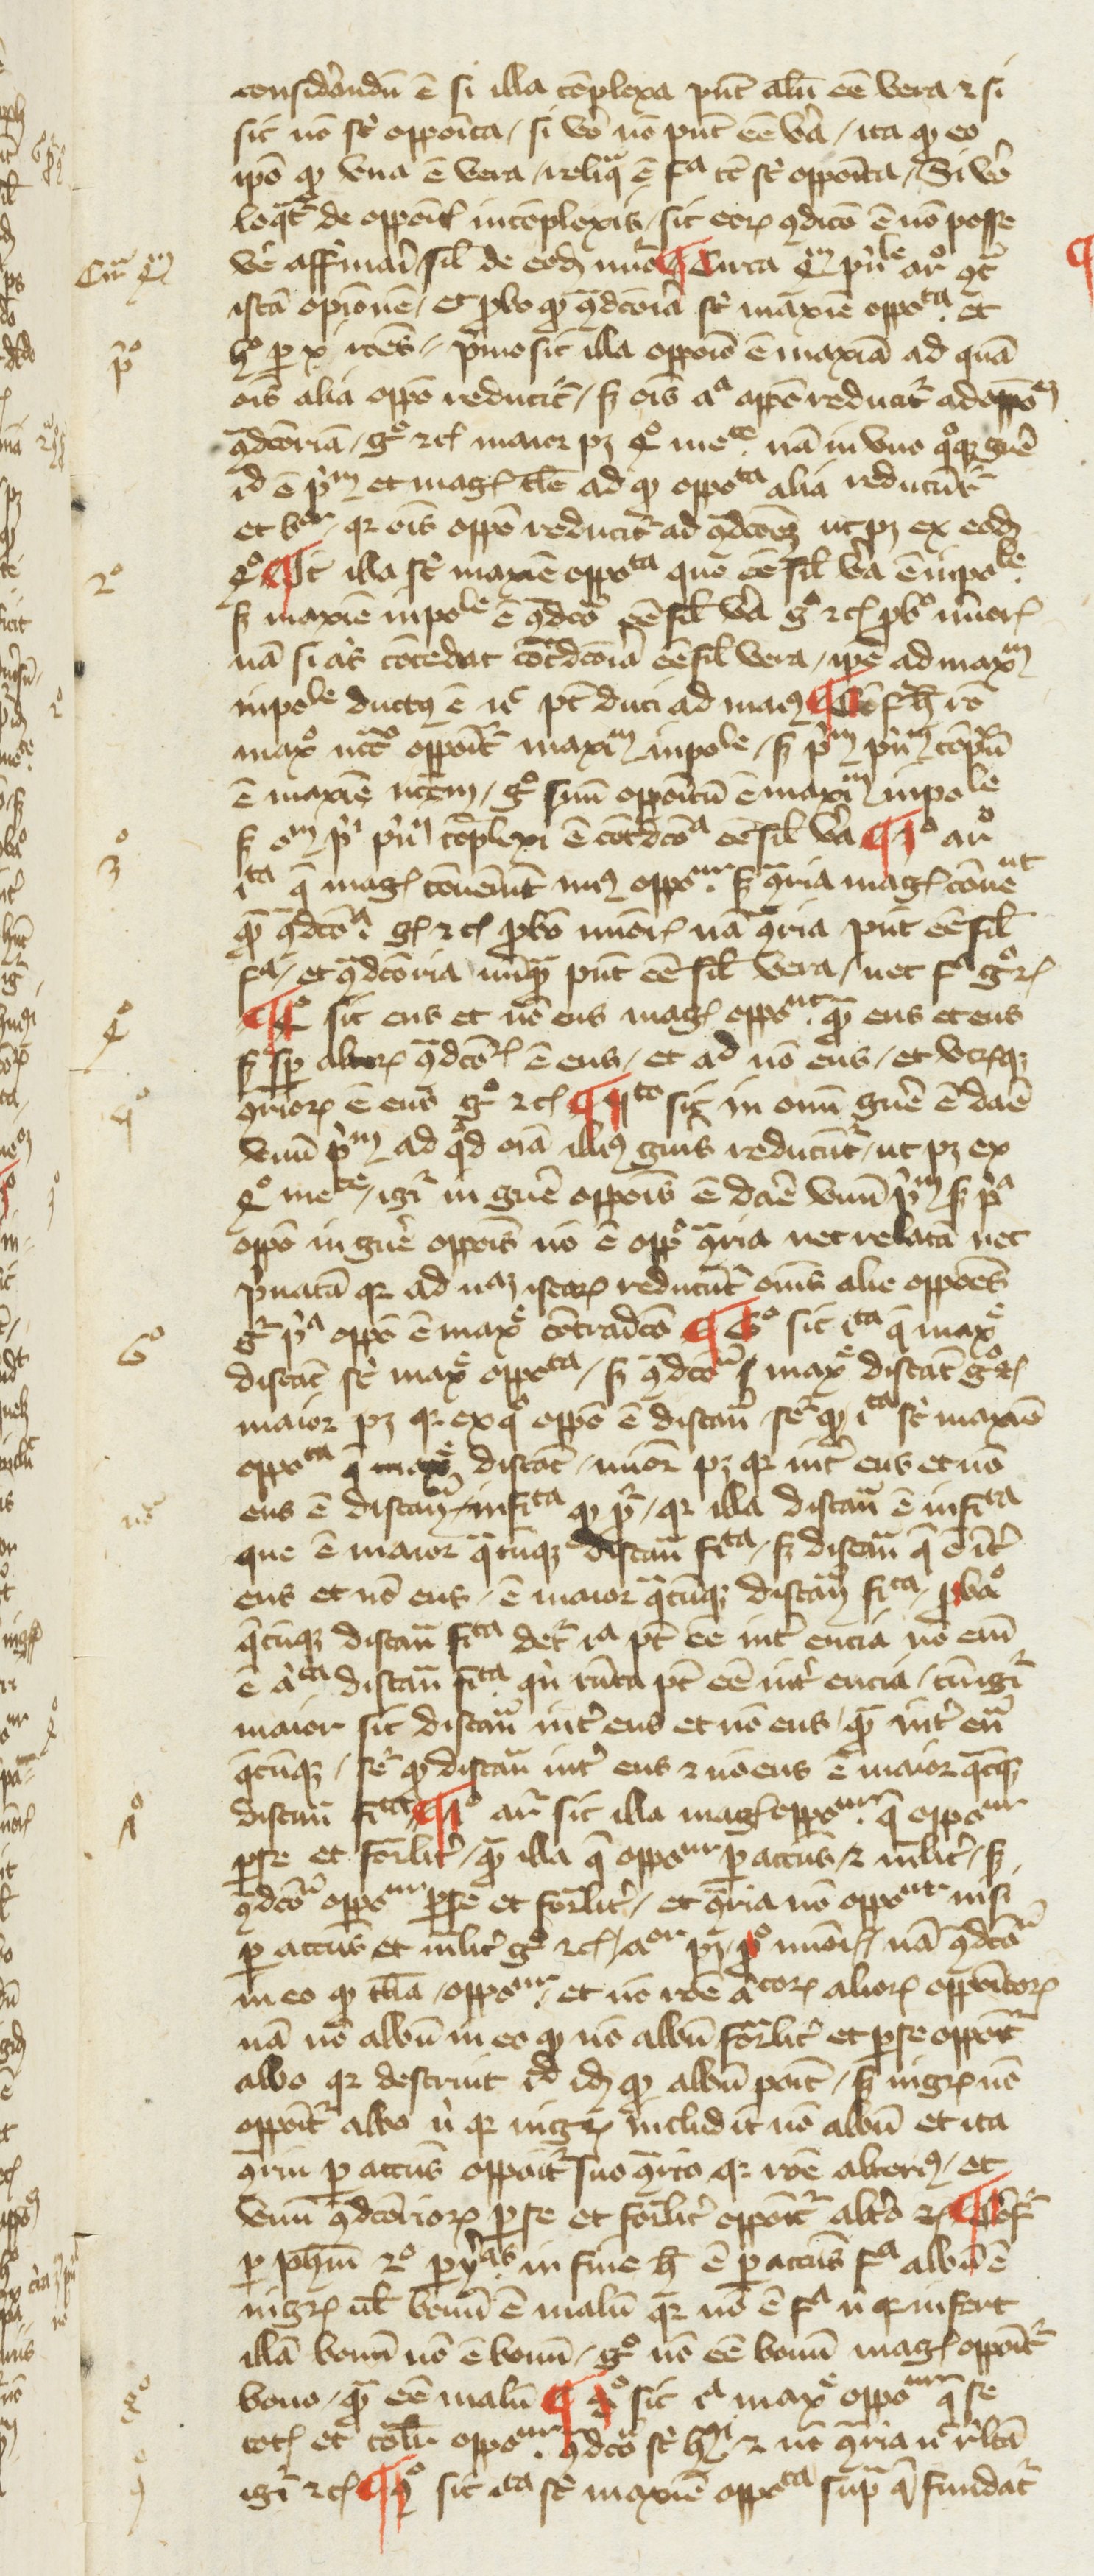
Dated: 1270–1399